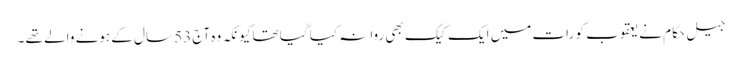
جیل حکام نے یعقوب کو رات میں ایک کیک بھی روانہ کیا گیا تھا کیونکہ وہ آج 53 سال کے ہونے والے تھے ۔